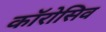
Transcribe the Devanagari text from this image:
कॉरोसिव